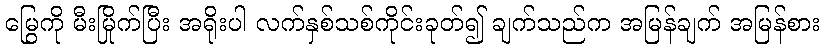
မြွေကို မီးမြိုက်ပြီး အရိုးပါ လက်နှစ်သစ်ကိုင်းခုတ်၍ ချက်သည်က အမြန်ချက် အမြန်စား